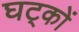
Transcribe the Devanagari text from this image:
घट्कों